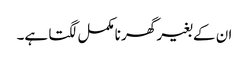
ان کے بغیر گھر نامکمل لگتا ہے۔